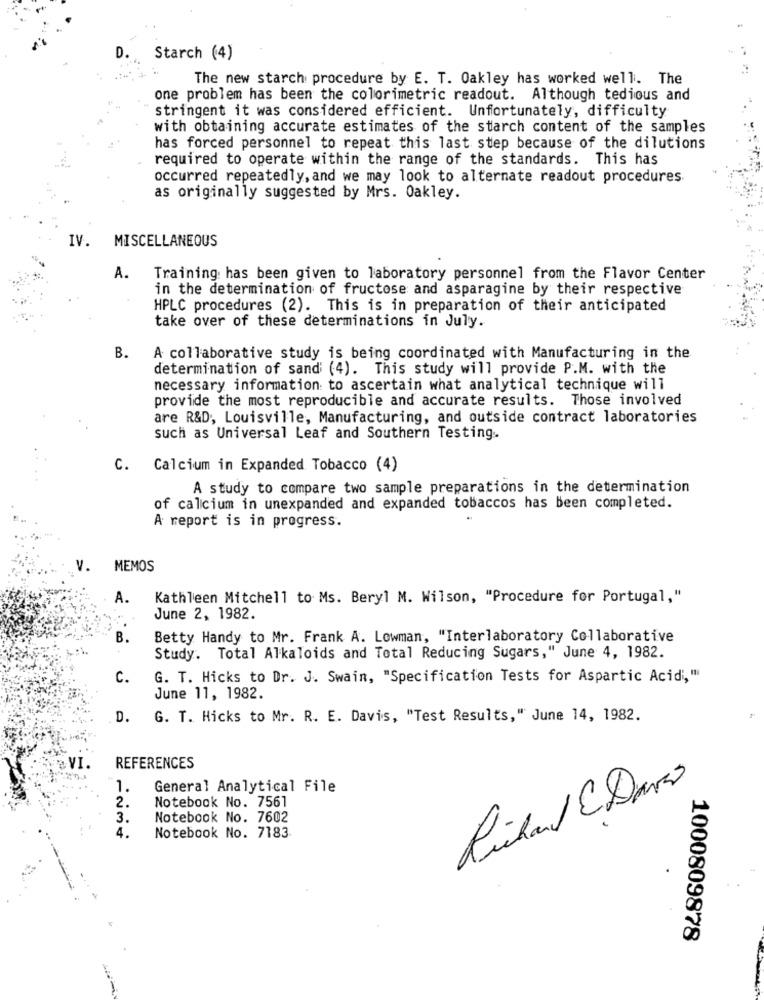
D.
Starch (4)
The new starch procedure by E. T. Oakley has worked well. The
one problem has been the colorimetric readout. Although tedious and
stringent it was considered efficient. Unfortunately, difficulty
with obtaining accurate estimates of the starch content of the samples
has forced personnel to repeat this last step because of the dilutions
required to operate within the range of the standards. This has
occurred repeatedly, and we may look to alternate readout procedures
as originally suggested by Mrs. Oakley.
IV.
MISCELLANEOUS
A.
Training: has been given to laboratory personnel from the Flavor Center
in the determination of fructose and asparagine by their respective
HPLC procedures (2). This is in preparation of their anticipated
take over of these determinations in July.
B.
A collaborative study is being coordinated with Manufacturing in the
determination of sand (4). This study will provide P.M. with the
necessary information to ascertain what analytical technique will
provide the most reproducible and accurate results. Those involved
are R&D, Louisville, Manufacturing, and outside contract laboratories
such as Universal Leaf and Southern Testing.
c.
Calcium in Expanded Tobacco (4)
A study to compare two sample preparations in the determination
of calcium in unexpanded and expanded tobaccos has been completed.
A report is in progress.
V.
MEMOS
A.
Kathleen Mitchell to Ms. Beryl M. Wilson, "Procedure for Portugal,"
June 2, 1982.
B.
Betty Handy to Mr. Frank A. Lowman, "Interlaboratory Collaborative
Study. Total Alkaloids and Total Reducing Sugars," June 4, 1982.
C.
G. T. Hicks to Dr. J. Swain, "Specification Tests for Aspartic Acidi,"
June 11, 1982.
D.
G. T. Hicks to Mr. R. E. Davis, "Test Results," June 14, 1982.
REFERENCES
1.
General Analytical File
2.
Notebook No. 7561
3.
Notebook No. 7602
4.
Notebook No. 7183
1000809878